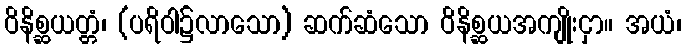
ဝိနိစ္ဆယတ္တံ၊ (ပရိဝါ၌လာသော) ဆက်ဆံသော ဝိနိစ္ဆယအကျိုးငှာ။ အယံ၊